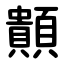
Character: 䫭